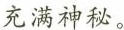
充满神秘。